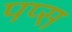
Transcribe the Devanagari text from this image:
पप्स